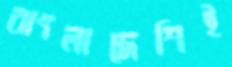
বাংলাদেশিই